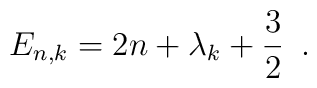
E_{n,k} = 2 n + {\lambda_k} + \frac {3}{2}\,\,\,.